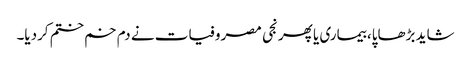
شاید بڑھاپا، بیماری یا پھر نجی مصروفیات نے دم خم ختم کردیا۔